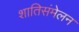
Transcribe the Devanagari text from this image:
शातिसंमेलन